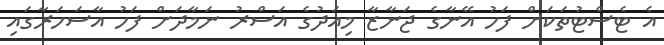
އެ ޓެސްޓުތަކަށް ފަހު އޭނާގެ ޖަނާޒާ މިއަދުގެ އަސްރު ނަމާދަށް ފަހު އާސަހަރާގައި